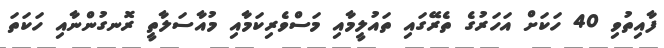
ފާއިތުވި 40 ހަކަށް އަހަރުގެ ތެރޭގައި ތައުލީމާއި މަސްވެރިކަމާއި މުއާސަލާތީ ރޮނގުންނާއި ހަކަތަ